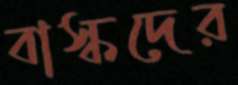
বাস্কদের